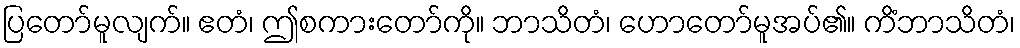
ပြတော်မူလျက်။ ဧတံ၊ ဤစကားတော်ကို။ ဘာသိတံ၊ ဟောတော်မူအပ်၏။ ကိံဘာသိတံ၊